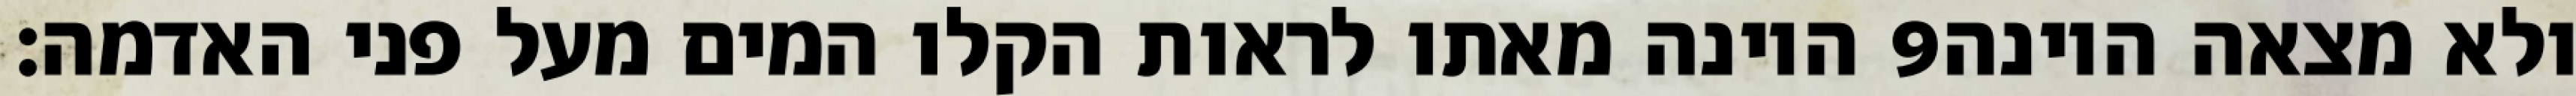
היונה מאתו לראות הקלו המים מעל פני האדמה׃ ‎9‏ ולא מצאה היונה